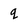
Character: q